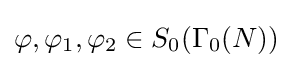
\varphi ,\varphi _{1},\varphi _{2}\in S_{0}(\Gamma _{0}(N))